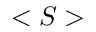
< S >